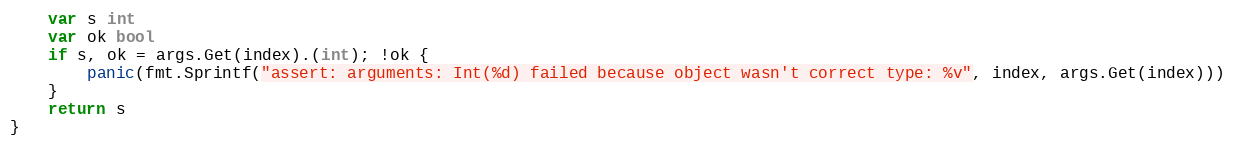
Language: Go
	var s int
	var ok bool
	if s, ok = args.Get(index).(int); !ok {
		panic(fmt.Sprintf("assert: arguments: Int(%d) failed because object wasn't correct type: %v", index, args.Get(index)))
	}
	return s
}